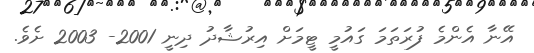
އޭނާ އެންމެ ފުރަތަމަ ގައުމީ ޓީމަށް އިރުޝާދު ދިނީ 2001- 2003 ށެވެ.